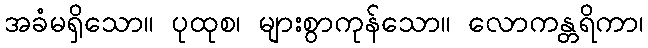
အခံမရှိသော။ ပုထုစ၊ များစွာကုန်သော။ လောကန္တရိကာ၊